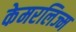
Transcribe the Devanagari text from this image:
केमरलिज्म